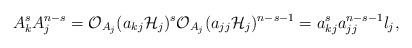
LaTeX: \begin{align*}A_{k}^{s}A_{j}^{n-s}=\mathcal{O}_{A_{j}}(a_{kj}\mathcal{H}_j)^{s}\mathcal{O}_{A_{j}}(a_{jj}\mathcal{H}_j)^{n-s-1}=a_{kj}^{s}a_{jj}^{n-s-1}l_{j},\end{align*}